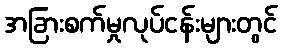
အခြားစက်မှုလုပ်ငန်းများတွင်